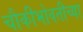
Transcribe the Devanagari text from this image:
चौकीभोवतीच्या